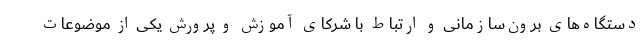
دستگاه‌های برون‌سازمانی و ارتباط با شرکای آموزش و پرورش یکی از موضوعات